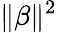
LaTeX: \| \beta\| ^{2}